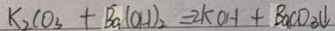
K _ { 2 } C O _ { 3 } + B a ( O H ) _ { 2 } = 2 k O H + B a C O _ { 3 } \downarrow